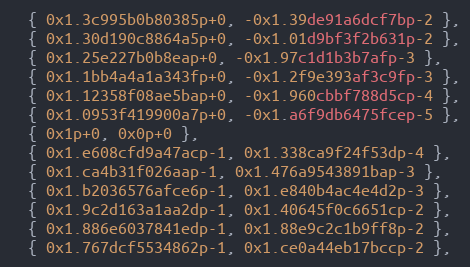
Language: C
  { 0x1.3c995b0b80385p+0, -0x1.39de91a6dcf7bp-2 },
  { 0x1.30d190c8864a5p+0, -0x1.01d9bf3f2b631p-2 },
  { 0x1.25e227b0b8eap+0, -0x1.97c1d1b3b7afp-3 },
  { 0x1.1bb4a4a1a343fp+0, -0x1.2f9e393af3c9fp-3 },
  { 0x1.12358f08ae5bap+0, -0x1.960cbbf788d5cp-4 },
  { 0x1.0953f419900a7p+0, -0x1.a6f9db6475fcep-5 },
  { 0x1p+0, 0x0p+0 },
  { 0x1.e608cfd9a47acp-1, 0x1.338ca9f24f53dp-4 },
  { 0x1.ca4b31f026aap-1, 0x1.476a9543891bap-3 },
  { 0x1.b2036576afce6p-1, 0x1.e840b4ac4e4d2p-3 },
  { 0x1.9c2d163a1aa2dp-1, 0x1.40645f0c6651cp-2 },
  { 0x1.886e6037841edp-1, 0x1.88e9c2c1b9ff8p-2 },
  { 0x1.767dcf5534862p-1, 0x1.ce0a44eb17bccp-2 },